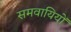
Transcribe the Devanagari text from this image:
समवायियों